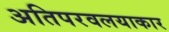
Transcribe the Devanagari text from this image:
अतिपरवलयाकार